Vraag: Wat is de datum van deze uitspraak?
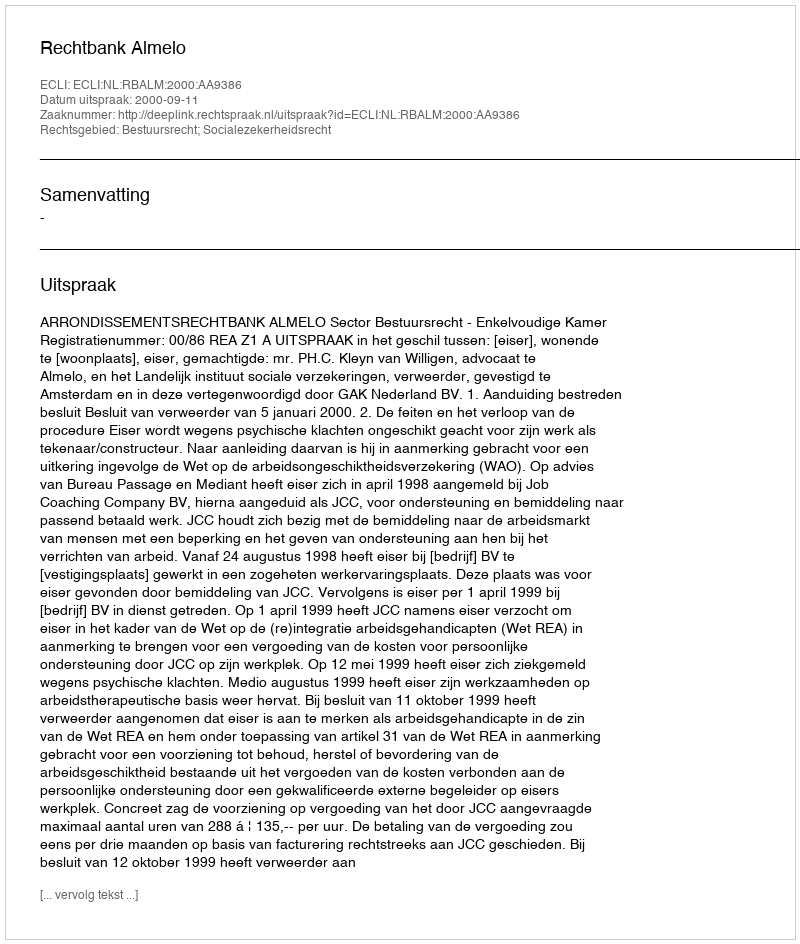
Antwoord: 2000-09-11